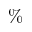
\%